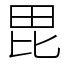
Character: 毘